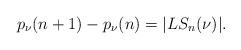
LaTeX: \begin{align*}p_{\nu}(n+1) - p_{\nu}(n) = |LS_n(\nu)|.\end{align*}